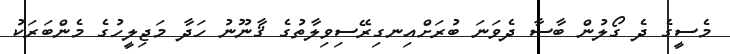
މެސީގެ ދެ ގޯލުން ބާސާ ދެވަނަ ބުރަށްއިނގިރޭސިވިލާތުގެ ޤާނޫނު ހަދާ މަޖިލީހުގެ މެންބަރަކު